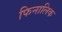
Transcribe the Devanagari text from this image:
फिनालिक